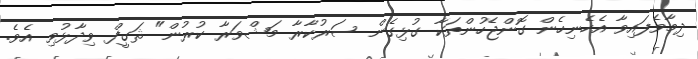
ދިމާވެފައިވާ އެހެނިހެން ގޮންޖެހުންތަކާ ގުޅިގެން ސަރުކާރާ މަޝްވަރާ ކުރުން" ޘަގީފް ވިދާޅުވި އެވެ.